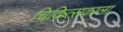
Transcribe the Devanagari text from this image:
चिकित्सकाला